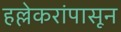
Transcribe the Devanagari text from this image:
हल्लेकरांपासून